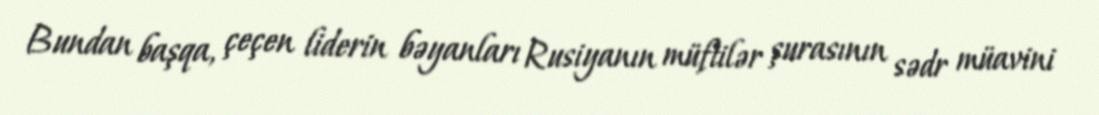
Bundan başqa, çeçen liderin bəyanları Rusiyanın müftilər şurasının sədr müavini